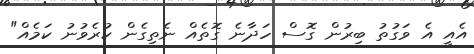
އެއީ އެ ވަގުތު ބިރުން ގޮސް ހަދާނެ ގޮތެއް ނެތިގެން ކުރެވުނު ކަމެއް"